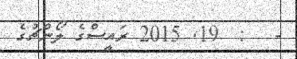
-   :  19